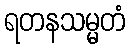
ရတနသမ္မတံ